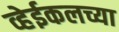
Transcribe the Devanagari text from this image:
व्हेईकलच्या